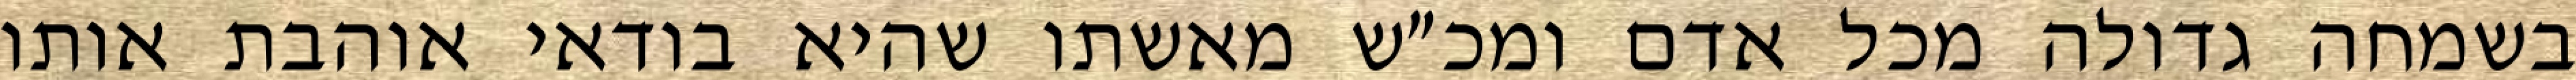
בשמחה גדולה מכל אדם ומכ״ש מאשתו שהיא בודאי אוהבת אותו